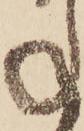
ね